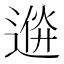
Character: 𨔮